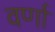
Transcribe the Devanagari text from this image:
वर्णां